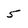
Character: 5